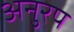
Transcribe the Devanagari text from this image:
अनुरप